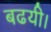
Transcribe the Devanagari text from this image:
बढयी।